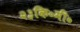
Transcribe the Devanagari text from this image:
२३कि॰मी॰